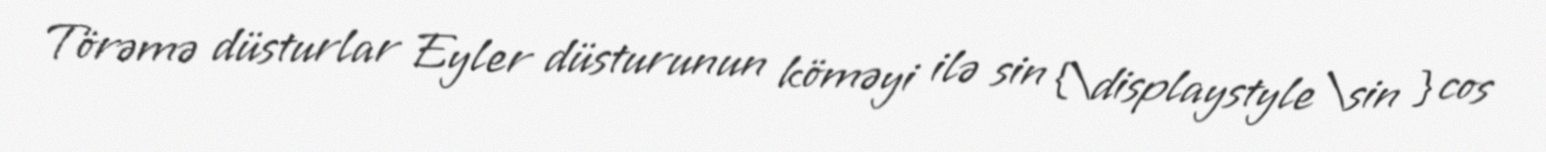
Törəmə düsturlar Eyler düsturunun köməyi ilə sin {\displaystyle \sin } cos